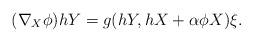
LaTeX: \begin{align*}(\nabla _{X}\phi )hY=g(hY,hX+\alpha \phi X)\xi . \end{align*}